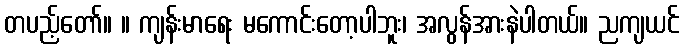
တပည့်တော်။ ။ ကျန်းမာရေး မကောင်းတော့ပါဘူး၊ အလွန်အားနဲပါတယ်။ ညကျယင်